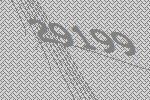
29199